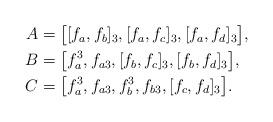
LaTeX: \begin{align*}\begin{aligned}A&=\big[[f_a,f_b]_3,[f_a,f_c]_3,[f_a,f_d]_3\big],\\B&=\big[f^3_a,f_{a3},[f_b,f_c]_3,[f_b,f_d]_3\big],\\C&=\big[f^3_a,f_{a3},f^3_b,f_{b3},[f_c,f_d]_3\big].\end{aligned}\end{align*}